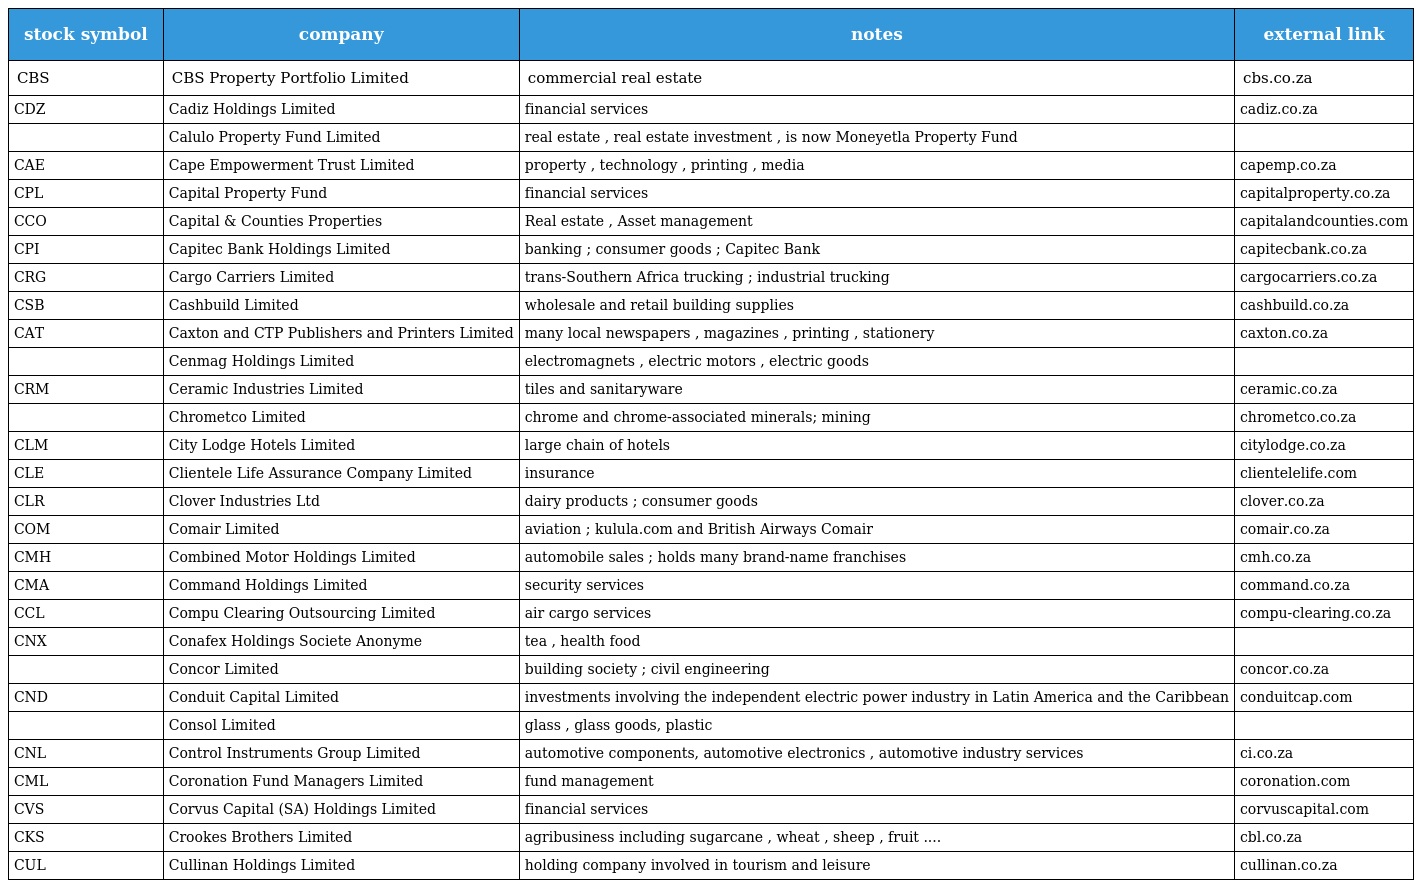
| stock symbol | company | notes | external link |
 | --- | --- | --- | --- |
 | CBS | CBS Property Portfolio Limited | commercial real estate | cbs.co.za |
 | CDZ | Cadiz Holdings Limited | financial services | cadiz.co.za |
 |  | Calulo Property Fund Limited | real estate , real estate investment , is now Moneyetla Property Fund |  |
 | CAE | Cape Empowerment Trust Limited | property , technology , printing , media | capemp.co.za |
 | CPL | Capital Property Fund | financial services | capitalproperty.co.za |
 | CCO | Capital & Counties Properties | Real estate , Asset management | capitalandcounties.com |
 | CPI | Capitec Bank Holdings Limited | banking ; consumer goods ; Capitec Bank | capitecbank.co.za |
 | CRG | Cargo Carriers Limited | trans-Southern Africa trucking ; industrial trucking | cargocarriers.co.za |
 | CSB | Cashbuild Limited | wholesale and retail building supplies | cashbuild.co.za |
 | CAT | Caxton and CTP Publishers and Printers Limited | many local newspapers , magazines , printing , stationery | caxton.co.za |
 |  | Cenmag Holdings Limited | electromagnets , electric motors , electric goods |  |
 | CRM | Ceramic Industries Limited | tiles and sanitaryware | ceramic.co.za |
 |  | Chrometco Limited | chrome and chrome-associated minerals; mining | chrometco.co.za |
 | CLM | City Lodge Hotels Limited | large chain of hotels | citylodge.co.za |
 | CLE | Clientele Life Assurance Company Limited | insurance | clientelelife.com |
 | CLR | Clover Industries Ltd | dairy products ; consumer goods | clover.co.za |
 | COM | Comair Limited | aviation ; kulula.com and British Airways Comair | comair.co.za |
 | CMH | Combined Motor Holdings Limited | automobile sales ; holds many brand-name franchises | cmh.co.za |
 | CMA | Command Holdings Limited | security services | command.co.za |
 | CCL | Compu Clearing Outsourcing Limited | air cargo services | compu-clearing.co.za |
 | CNX | Conafex Holdings Societe Anonyme | tea , health food |  |
 |  | Concor Limited | building society ; civil engineering | concor.co.za |
 | CND | Conduit Capital Limited | investments involving the independent electric power industry in Latin America and the Caribbean | conduitcap.com |
 |  | Consol Limited | glass , glass goods, plastic |  |
 | CNL | Control Instruments Group Limited | automotive components, automotive electronics , automotive industry services | ci.co.za |
 | CML | Coronation Fund Managers Limited | fund management | coronation.com |
 | CVS | Corvus Capital (SA) Holdings Limited | financial services | corvuscapital.com |
 | CKS | Crookes Brothers Limited | agribusiness including sugarcane , wheat , sheep , fruit .... | cbl.co.za |
 | CUL | Cullinan Holdings Limited | holding company involved in tourism and leisure | cullinan.co.za |